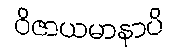
ဝိဇာယမာနာပိ